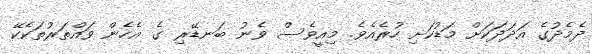
ދެމެދުގެ އަދަދަކަށް މަޑުކަށި ހުރެއެވެ. މިއީވެސް ވެނު ބަނޑޭރި ގެ އެހެން ވައްތަރުތަކެކޭ